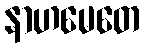
နာဟမေတေ